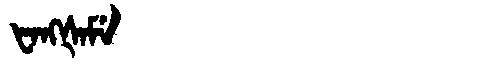
Manchu: ᡶᠠᠩᡧᠠᠮᡝ
Romanization: FANGŠAME